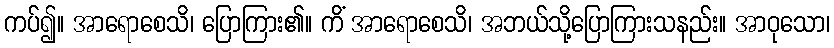
ကပ်၍။ အာရောစေသိ၊ ပြောကြား၏။ ကိံ အာရောစေသိ၊ အဘယ်သို့ပြောကြားသနည်း။ အာဝုသော၊